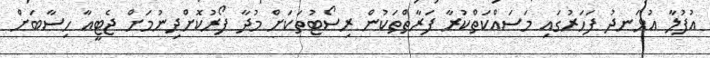
އުފުލާ އުޅަނދު ފަހަރުގައި މަސައްކަތްކުރާ ފަރާތްތަކުން ރިސޯޓުތަކަށް މުދާ ފޯރުކޮށްދިނުމަށް ޖެޓީއާ ހިސާބަށް